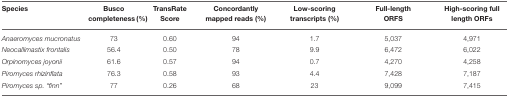
<table><thead><tr><td><b>Species</b></td><td><b>Busco completeness (%)</b></td><td><b>TransRate Score</b></td><td><b>Concordantly mapped reads (%)</b></td><td><b>Low-scoring transcripts (%)</b></td><td><b>Full-length ORFS</b></td><td><b>High-scoring full length ORFs</b></td></tr></thead><tbody><tr><td><i>Anaeromyces mucronatus</i></td><td>73</td><td>0.60</td><td>94</td><td>1.7</td><td>5,037</td><td>4,971</td></tr><tr><td><i>Neocallimastix frontalis</i></td><td>56.4</td><td>0.50</td><td>78</td><td>9.9</td><td>6,472</td><td>6,022</td></tr><tr><td><i>Orpinomyces joyonii</i></td><td>61.6</td><td>0.57</td><td>94</td><td>0.7</td><td>4,270</td><td>4,258</td></tr><tr><td><i>Piromyces rhizinflata</i></td><td>76.3</td><td>0.58</td><td>93</td><td>4.4</td><td>7,428</td><td>7,187</td></tr><tr><td><i>Piromyces sp. “finn”</i></td><td>77</td><td>0.26</td><td>68</td><td>23</td><td>9,099</td><td>7,415</td></tr></tbody></table>